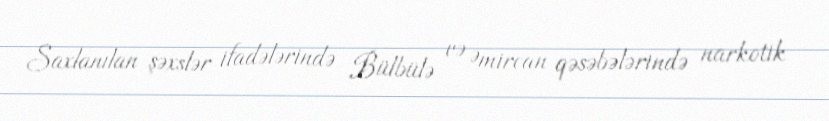
Saxlanılan şəxslər ifadələrində Bülbülə və Əmircan qəsəbələrində narkotik